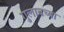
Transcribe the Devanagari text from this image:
गुलाबच्या